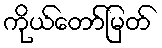
ကိုယ်တော်မြတ်